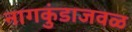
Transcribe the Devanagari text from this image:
नागकुंडाजवळ